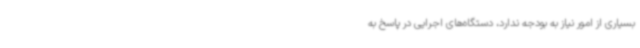
بسیاری از امور نیاز به بودجه ندارد، دستگاه‌های اجرایی در پاسخ به